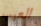
العيب